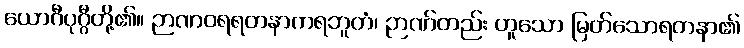
ယောဂီပုဂ္ဂီတို့၏။ ဉာဏဝရရတနာကရဘူတံ၊ ဉာဏ်တည်း ဟူသော မြတ်သောရတနာ၏